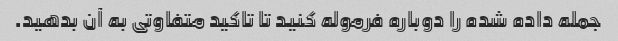
جمله داده شده را دوباره فرموله کنید تا تاکید متفاوتی به آن بدهید.